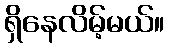
ရှိနေလိမ့်မယ်။